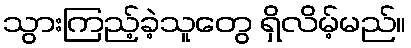
သွားကြည့်ခဲ့သူတွေ ရှိလိမ့်မည်။